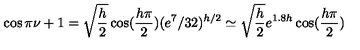
\cos \pi \nu + 1 = \sqrt { \frac { h } { 2 } } \cos ( \frac { h \pi } { 2 } ) ( e ^ { 7 } / 3 2 ) ^ { h / 2 } \simeq \sqrt { \frac { h } { 2 } } e ^ { 1 . 8 h } \cos ( \frac { h \pi } { 2 } )